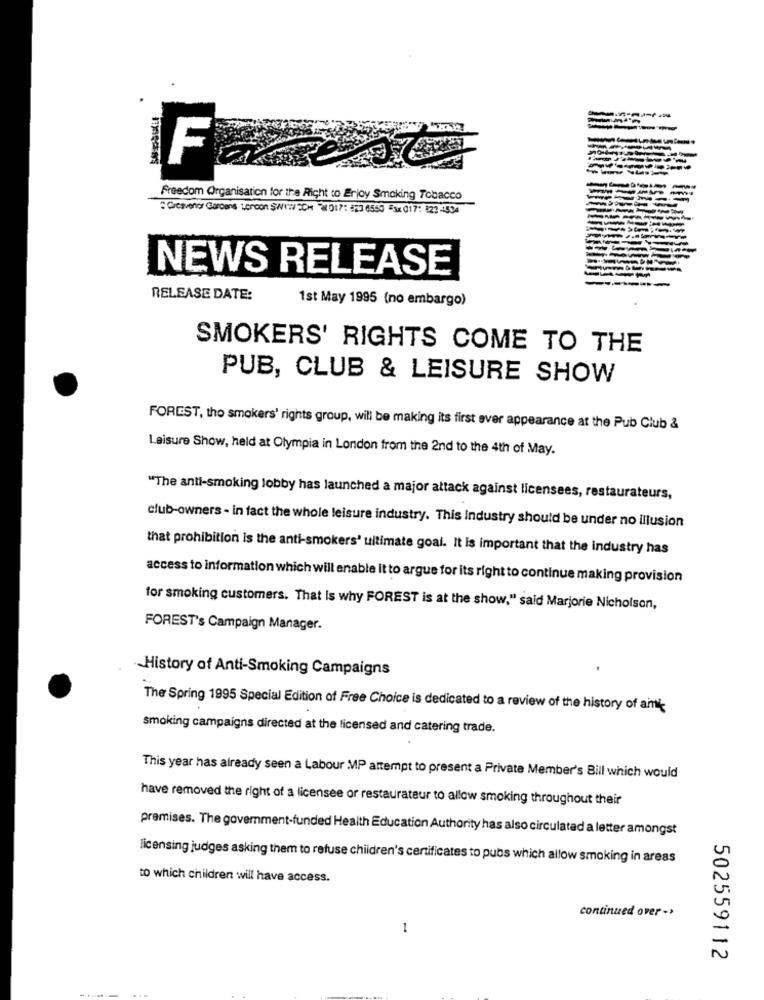
------
F
Freedom Organisation for the Right to Erjoy Smoking Tobacco
: Creavency Garcons Lercon S/WWW/20H 017: #23 6550 5x 017: 123 4534
NEWS RELEASE
RELEASE DATE:
1st May 1995 (no embargo)
SMOKERS' RIGHTS COME TO THE
PUB, CLUB & LEISURE SHOW
FOREST, tho smokers' rights group, will be making its first ever appearance at the Pub Club &
Leisure Show, held at Olympia in London from the 2nd to the 4th of May.
"The anti-smoking lobby has launched a major attack against licensees, restaurateurs,
club-owners - in fact the whole leisure industry. This industry should be under no illusion
that prohibition is the anti-smokers' ultimate goal. It is important that the industry has
access to information which will enable it to argue for its right to continue making provision
for smoking customers. That Is why FOREST is at the show," said Marjorie Nicholson,
FOREST's Campaign Manager.
History of Anti-Smoking Campaigns
The Spring 1995 Special Edition of Free Choice is dedicated to a review of the history of amt
smoking campaigns directed at the licensed and catering trade.
This year has already seen a Labour MP attempt to present a Private Member's Bill which would
have removed the right of a licensee or restaurateur to allow smoking throughout their
premises. The government-funded Health Education Authority has also circulated a letter amongst
licensing judges asking them to refuse children's certificates to pubs which allow smoking in areas
to which children will have access.
continued over ->
-
502559112